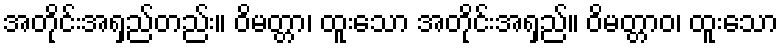
အတိုင်းအရှည်တည်း။ ဝိမတ္တာ၊ ထူးသော အတိုင်းအရှည်။ ဝိမတ္တာဝ၊ ထူးသော